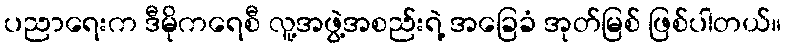
ပညာရေးက ဒီမိုကရေစီ လူ့အဖွဲ့အစည်းရဲ့ အခြေခံ အုတ်မြစ် ဖြစ်ပါတယ်။